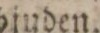
bjuden.